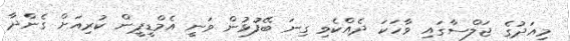
މިއަދުގެ ޖަލްސާގައި ވާހަކަ ދެއްކެވި ގިނަ ބޭފުޅުން ވަނީ އެމްޑީޕީން ކުރިއަށް ގެންދާ